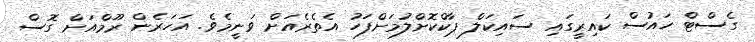
ގެސްޓް ހައުސް ކައިރީގައި ސައިކަލް ޕާކްކޮށްލުމަށްފަހު އެތެރެއަށް ވަނީމެވެ. އަހަރެން ރޫމްއަށް ގޮސް